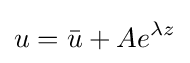
u={\bar {u}}+Ae^{\lambda z}